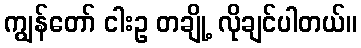
ကျွန်တော် ငါးဥ တချို့ လိုချင်ပါတယ်။